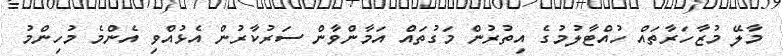
މާލޭ މުޒާހަރާތައް ހުއްޓާލުމުގެ އިތުރުން މަގުތައް އަމާންވާން ސަރުކާރުން އެޅުއްވި އެންމެ މުހިންމު